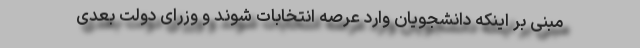
مبنی بر اینکه دانشجویان وارد عرصه انتخابات شوند و وزرای دولت بعدی